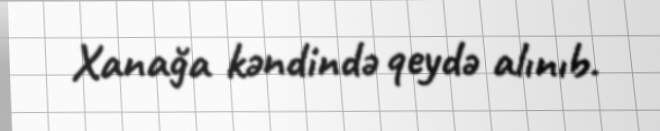
Xanağa kəndində qeydə alınıb.